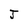
Character: J